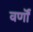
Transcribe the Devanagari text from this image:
वर्णॊं